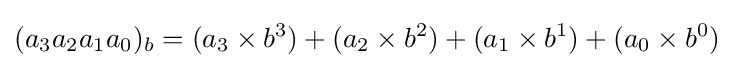
(a_{3}a_{2}a_{1}a_{0})_{b}=(a_{3}\times b^{3})+(a_{2}\times b^{2})+(a_{1}\times b^{1})+(a_{0}\times b^{0})